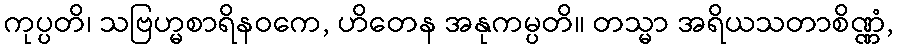
ကုပ္ပတိ၊ သဗြဟ္မစာရိနဝကေ, ဟိတေန အနုကမ္ပတိ။ တသ္မာ အရိယသတာစိဏ္ဏံ,